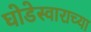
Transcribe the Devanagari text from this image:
घोडेस्वाराच्या